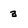
Character: 3